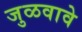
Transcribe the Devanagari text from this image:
जुळवावे